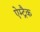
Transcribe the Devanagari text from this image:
ऐम्ट्रैक